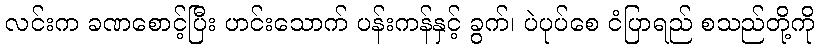
လင်းက ခဏစောင့်ပြီး ဟင်းသောက် ပန်းကန်နှင့် ခွက်၊ ပဲပုပ်စေ ငံပြာရည် စသည်တို့ကို